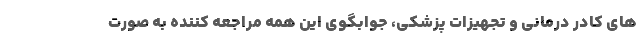
های کادر درمانی و تجهیزات پزشکی، جوابگوی این همه مراجعه کننده به صورت